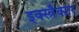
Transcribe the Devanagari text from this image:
इक्स्त्रैक्टर